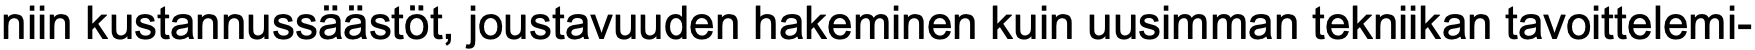
niin kustannussäästöt, joustavuuden hakeminen kuin uusimman tekniikan tavoittelemi-